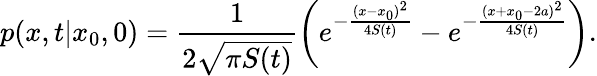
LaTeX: p(x,t|x_{0},0)=\frac{1}{2\sqrt{\pi S(t)}}\bigg(e^{-\frac{(x-x_{0})^{2}}{4S(t)}}-e^{-\frac{(x+x_{0}-2a)^{2}}{4S(t)}}\bigg).